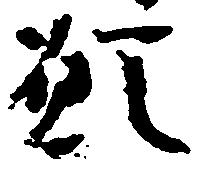
願